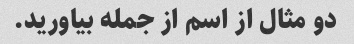
دو مثال از اسم از جمله بیاورید.